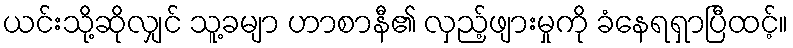
ယင်းသို့ဆိုလျှင် သူ့ခမျာ ဟာစာနီ၏ လှည့်ဖျားမှုကို ခံနေရရှာပြီထင့်။